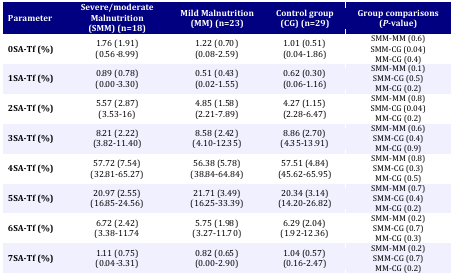
<table><thead><tr><td><b>Parameter</b></td><td><b>Severe/moderateMalnutrition(SMM) (n=18)</b></td><td><b>Mild Malnutrition (MM) (n=23)</b></td><td><b>Control group(CG) (n=29)</b></td><td><b>Group comparisons(<i>P-</i>value)</b></td></tr></thead><tbody><tr><td><b>0SA-Tf (%)</b></td><td>1.76 (1.91)(0.56-8.99)</td><td>1.22 (0.70)(0.08-2.59)</td><td>1.01 (0.51)(0.04-1.86)</td><td>SMM-MM (0.6) SMM-CG (0.04) MM-CG (0.4)</td></tr><tr><td><b>1SA-Tf (%)</b></td><td>0.89 (0.78)(0.00-3.30)</td><td>0.51 (0.43)(0.02-1.55)</td><td>0.62 (0.30)(0.06-1.16)</td><td>SMM-MM (0.1) SMM-CG (0.5) MM-CG (0.2)</td></tr><tr><td><b>2SA-Tf (%)</b></td><td>5.57 (2.87)(3.53-16)</td><td>4.85 (1.58)(2.21-7.89)</td><td>4.27 (1.15)(2.28-6.47)</td><td>SMM-MM (0.8) SMM-CG (0.04) MM-CG (0.2)</td></tr><tr><td><b>3SA-Tf (%)</b></td><td>8.21 (2.22)(3.82-11.40)</td><td>8.58 (2.42)(4.10-12.35)</td><td>8.86 (2.70)(4.35-13.91)</td><td>SMM-MM (0.6) SMM-CG (0.4) MM-CG (0.9)</td></tr><tr><td><b>4SA-Tf (%)</b></td><td>57.72 (7.54)(32.81-65.27)</td><td>56.38 (5.78)(38.84-64.84)</td><td>57.51 (4.84)(45.62-65.95)</td><td>SMM-MM (0.8) SMM-CG (0.3) MM-CG (0.5)</td></tr><tr><td><b>5SA-Tf (%)</b></td><td>20.97 (2.55)(16.85-24.56)</td><td>21.71 (3.49)(16.25-33.39)</td><td>20.34 (3.14)(14.20-26.82)</td><td>SMM-MM (0.7) SMM-CG (0.4) MM-CG (0.2)</td></tr><tr><td><b>6SA-Tf (%)</b></td><td>6.72 (2.42)(3.38-11.74</td><td>5.75 (1.98)(3.27-11.70)</td><td>6.29 (2.04)(1.92-12.36)</td><td>SMM-MM (0.2) SMM-CG (0.7) MM-CG (0.3)</td></tr><tr><td><b>7SA-Tf (%)</b></td><td>1.11 (0.75)(0.04-3.31)</td><td>0.82 (0.65)(0.00-2.90)</td><td>1.04 (0.57)(0.16-2.47)</td><td>SMM-MM (0.2) SMM-CG (0.7) MM-CG (0.2)</td></tr></tbody></table>